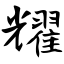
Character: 耀